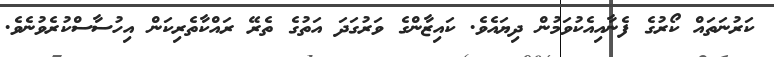
ކަރުނަތައް ކޯރުގެ ފެނާއިއެކުވަމުން ދިޔައެވެ. ކައިޒާންގެ ވަރުގަދަ އަތުގެ ތެރޭ ރައްކާތެރިކަން އިހުސާސްކުރެވުނެވެ.